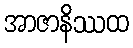
အာဇာနိဿထ